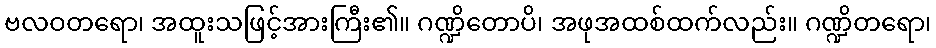
ဗလဝတရော၊ အထူးသဖြင့်အားကြီး၏။ ဂဏ္ဍိတောပိ၊ အဖုအထစ်ထက်လည်း။ ဂဏ္ဍိတရော၊